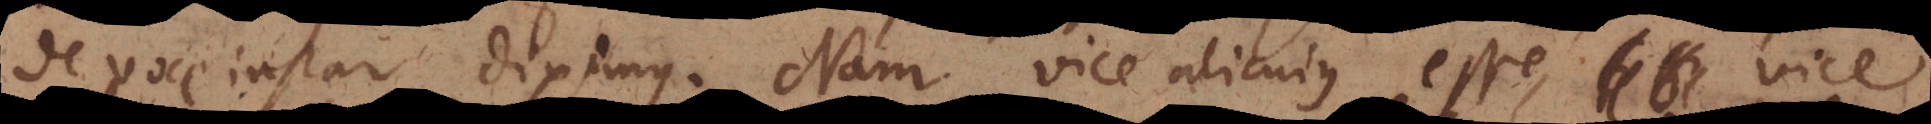
de voce instar diximus. Nam vice alicujus esse, vice